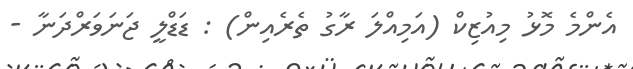
އެންމެ މޮޅު މިއުޒިކް (އަމިއްލަ ރާގު ތެރެއިން) : ޑަޑްލީ ޖަނަވަރްދަނާ -